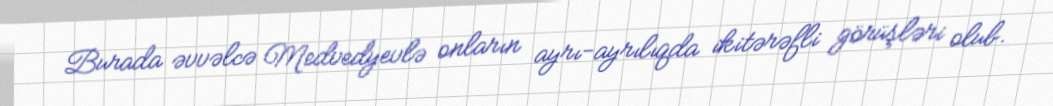
Burada əvvəlcə Medvedyevlə onların ayrı-ayrılıqda ikitərəfli görüşləri olub.